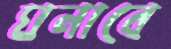
ঘনাবে